system: You are a helpful assistant.
user:
Analyze the provided spectrum to determine if it is a **"Cataclysmic Variables (CV)"**.

- **Key Indicators for CV (Check for either state):**
    - **State 1: Quiescent / Low-State (Emission-Dominated)**
        - **(Primary):** Strong and *very broad* Hydrogen Balmer emission lines (e.g., $H\alpha$ at 6563 Å, $H\beta$ at 4861 Å). The 'broadness' (high velocity dispersion, often FWHM > 1000 km/s) is the key diagnostic, indicating a high-velocity accretion disk.
        - **(Secondary):** Broad neutral Helium (He I) emission lines (e.g., 5876 Å, 6678 Å).
        - **(Key Confirmation):** Presence of high-excitation *ionized* Helium (He II) emission at 4686 Å. This is a strong indicator of accretion onto a white dwarf.
        - **(Line Profile):** Emission lines may exhibit a 'double-peaked' profile, which is a classic signature of a rotating accretion disk viewed at high inclination.

    - **State 2: Outburst / High-State (Absorption-Dominated)**
        - **(Primary):** Spectrum is dominated by a bright, blue continuum (looks like a hot star).
        - **(Secondary):** The emission lines from State 1 are weak, absent, or 'filled in', and are replaced by broad, shallow *absorption* lines (primarily Balmer and He I).
        - **(Morphology):** The overall spectrum mimics a hot B/A-type star. The crucial difference is that the absorption lines are significantly broader, shallower, and more 'washed-out' (or 'smeared') than the sharp lines of a normal stellar photosphere, due to high rotational speeds and pressure broadening in the disk.

Think first, call **spectral_visualization_tool** if needed to examine features in detail, then provide your final answer. Your response must adhere to the following strict rules:
1.  **Overall Structure:** Your response must follow the format `<think>...</think> <tool_call>...</tool_call> (if a tool is used) <answer>...</answer>`.
2.  **Tool Usage Constraint:** You may only make **one** tool call per turn.
3.  **Final Answer Format:** In the `<answer>` tag, your conclusion must be inside a `\boxed{}` command (e.g., `\boxed{YES}`), followed by your justification.

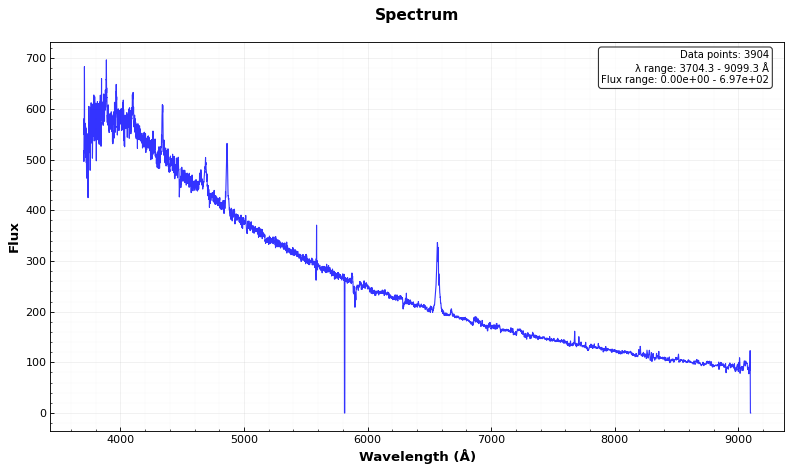
Answer: YES